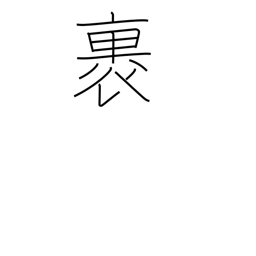
Meaning: wrap